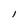
Character: l